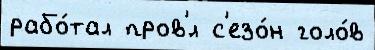
рабо́тал пров'́л с'езо́н голо́в